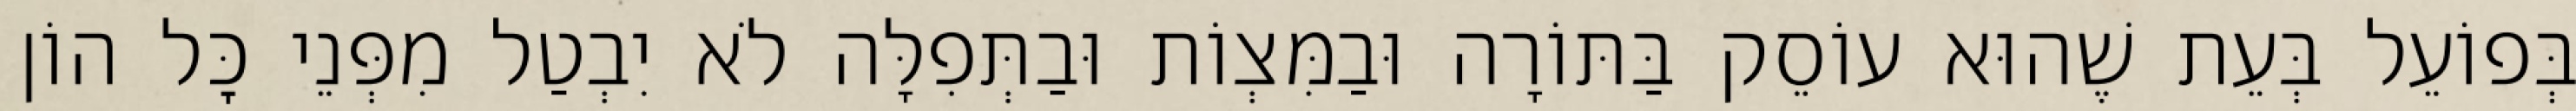
בְּפוֹעֵל בְּעֵת שֶׁהוּא עוֹסֵק בַּתּוֹרָה וּבַמִּצְוֹת וּבַתְּפִלָּה לֹא יִבְטַל מִפְּנֵי כׇּל הוֹן